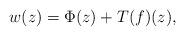
LaTeX: \begin{align*}w(z) = \Phi(z) + T(f)(z),\end{align*}